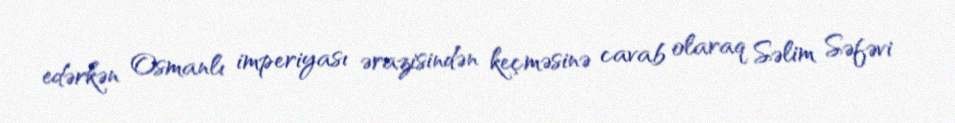
edərkən Osmanlı imperiyası ərazisindən keçməsinə cavab olaraq Səlim Səfəvi